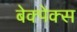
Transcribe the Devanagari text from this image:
बेक्पेक्स